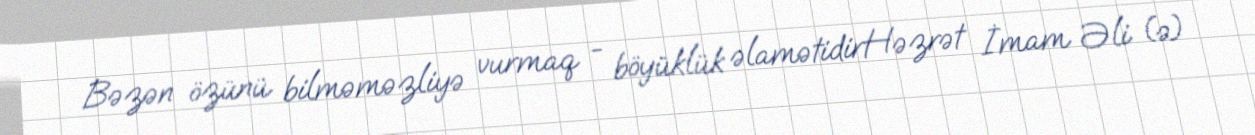
Bəzən özünü bilməməzliyə vurmaq - böyüklük əlamətidirHəzrət İmam Əli (ə)